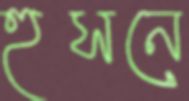
হুসনে